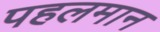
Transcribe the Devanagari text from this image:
पहलमान